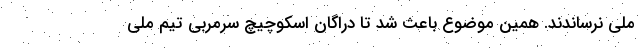
ملی نرساندند. همین موضوع باعث شد تا دراگان اسکوچیچ سرمربی تیم ملی